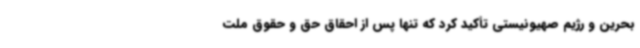
بحرین و رژیم صهیونیستی تأکید کرد که تنها پس از احقاق حق و حقوق ملت